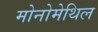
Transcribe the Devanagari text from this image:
मोनोमेथिल